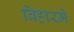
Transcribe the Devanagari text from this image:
बिहारमें